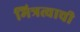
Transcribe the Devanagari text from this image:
मित्रत्वाची